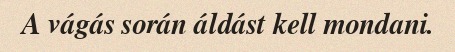
A vágás során áldást kell mondani.